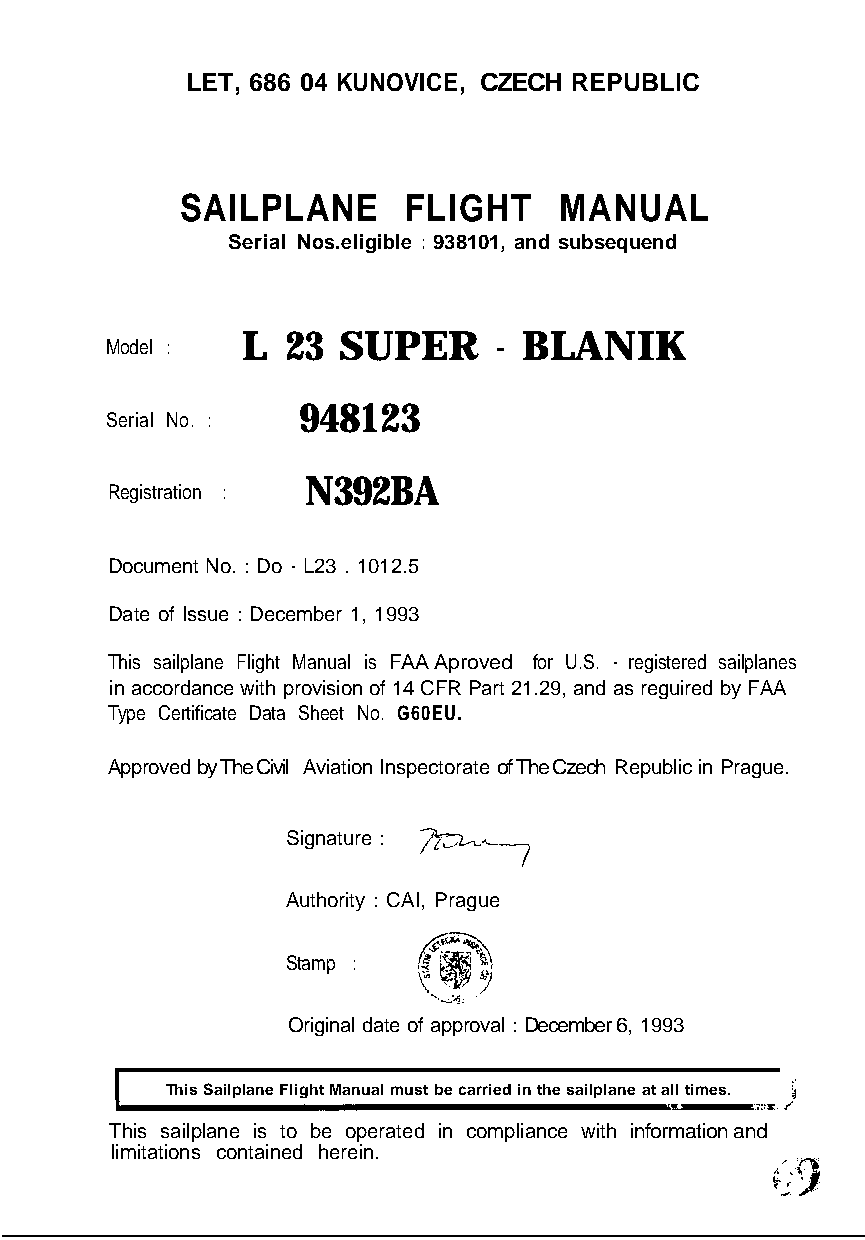
LET, 686 04 KUNOVICE, CZECH REPUBLIC
 SAILPLANE      FLIGHT    MANUAL
 Serial Nos.eligible : 938101, and subsequend
 L  23 SUPER      - BLANIK
 Model :
 948123
 Serial No. :
 N392BA
 Registration :
 Document No. : Do - L23 . 1012.5
 Date of Issue : December 1, 1993
 This sailplane Flight Manual is FAA Aproved for U.S. - registered sailplanes
 in accordance with provision of 14 CFR Part 21.29, and as reguired by FAA
 Type Certificate Data Sheet No. G60EU.
 Approved by The Civil Aviation Inspectorate of The Czech Republic in Prague.
 Signature : ^^^^^^^^^^^^^^^^^^^^^^^^^^^^^^^^^^^^^^^^
 7
 Authority : CAI, Prague
 Stamp :
 Original date of approval : December 6, 1993
 I
 This Sailplane Flight Manual must be carried in the sailplane at all times.
 This sailplane is to be operated in compliance with information and
 limitations contained herein.
 F .f-e.
 1*I-C‘ 9 I